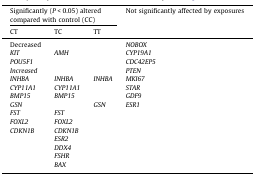
| <COLSPAN=3> Significantly (P < 0.05) altered compared with control (CC) | <ROWSPAN=2> Not significantly affected by exposures |
 | CT | TC | TT |
 | --- | --- | --- | --- |
 | Decreased |  |  | NOBOX |
 | KIT | AMH |  | CYP19A1 |
 | POU5F1 |  |  | CDC42EP5 |
 | <COLSPAN=3> Increased | PTEN |
 | INHBA | INHBA | INHBA | MKI67 |
 | CYP11A1 | CYP11A1 |  | STAR |
 | BMP15 | BMP15 |  | GDF9 |
 | GSN |  | GSN | ESR1 |
 | FST | FST |  |  |
 | FOXL2 | FOXL2 |  |  |
 | CDKN1B | CDKN1B |  |  |
 |  | ESR2 |  |  |
 |  | DDX4 |  |  |
 |  | FSHR |  |  |
 |  | BAX |  |  |